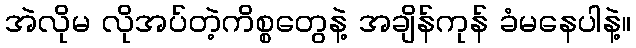
အဲလိုမ လိုအပ်တဲ့ကိစ္စတွေနဲ့ အချိန်ကုန် ခံမနေပါနဲ့။